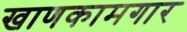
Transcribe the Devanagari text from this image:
खाणकामगार